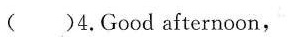
( )4.Good afternoon,